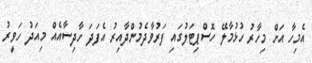
އެމިހާ އަށް މިހާރު ހުޅުމާލޭ ހޮސްޕިޓަލުގައި ފަރުވާދެމުންދާއިރު އެފަދަ ހާދިސާއެއް މިއަދު ހަވީރު